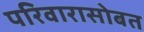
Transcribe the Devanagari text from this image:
परिवारासोबत